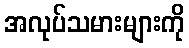
အလုပ်သမားများကို